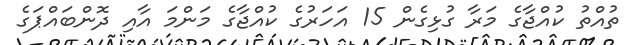
ތުއްތު ކުއްޖާގެ މަރާ ގުޅިގެން 15 އަހަރުގެ ކުއްޖާގެ މަންމަ އާއި ދޮންބައްޕަގެ